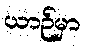
ယာဉ်မှာ